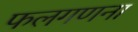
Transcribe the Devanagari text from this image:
फलगणना